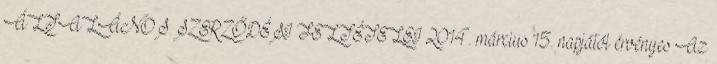
ÁLTALÁNOS SZERZŐDÉSI FELTÉTELEI 2014. március 15. napjától érvényes Az